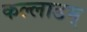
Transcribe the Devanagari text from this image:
कल्लाडम्